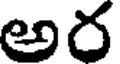
అర